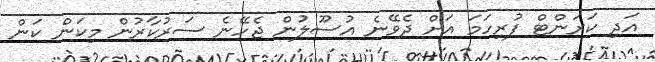
އަދި ކަރަންޓް ފުރިހަމަ އަށް ދެވޭނެ އުސޫލުން ޖެހޭނެ ސަރުކާރުން މިކަން ކަން